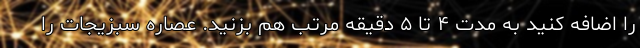
را اضافه کنید به مدت ۴ تا ۵ دقیقه مرتب هم بزنید. عصاره سبزیجات را